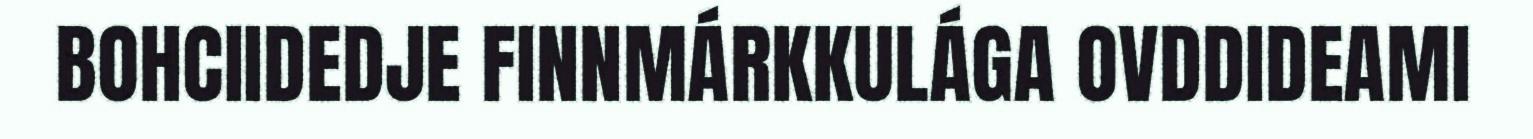
BOHCIIDEDJE FINNMÁRKKULÁGA OVDDIDEAMI